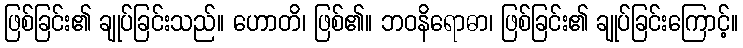
ဖြစ်ခြင်း၏ ချုပ်ခြင်းသည်။ ဟောတိ၊ ဖြစ်၏။ ဘဝနိရောဓာ၊ ဖြစ်ခြင်း၏ ချုပ်ခြင်းကြောင့်။